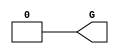
// $Header: /devl/xcs/repo/env/Databases/CAEInterfaces/verunilibs/data/uni9000/GND.v,v 1.4 2007/05/23 20:04:58 patrickp Exp $
///////////////////////////////////////////////////////////////////////////////
// Copyright (c) 1995/2004 Xilinx, Inc.
// All Right Reserved.
///////////////////////////////////////////////////////////////////////////////
//   ____  ____
//  /   /\/   /
// /___/  \  /    Vendor : Xilinx
// \   \   \/     Version : 7.1i (H.19)
//  \   \         Description : Xilinx Functional Simulation Library Component
//  /   /                  GND Connection
// /___/   /\     Filename : GND.v
// \   \  /  \    Timestamp : Thu Mar 25 16:41:57 PST 2004
//  \___\/\___\
//
// Revision:
//    03/23/04 - Initial version.
//    05/23/07 - Changed timescale to 1 ps / 1 ps.

`timescale  1 ps / 1 ps

`celldefine

module GND(G);


    output G;

	assign G = 1'b0;

endmodule

`endcelldefine